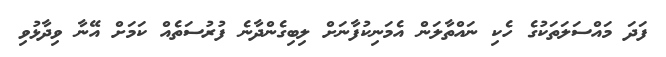
ފަދަ މައްސަލަތަކުގެ ހެކި ނައްތާލަން އެމަނިކުފާނަށް ލިބިގެންދާނެ ފުރުސަތެއް ކަމަށް އޭނާ ވިދާޅުވި